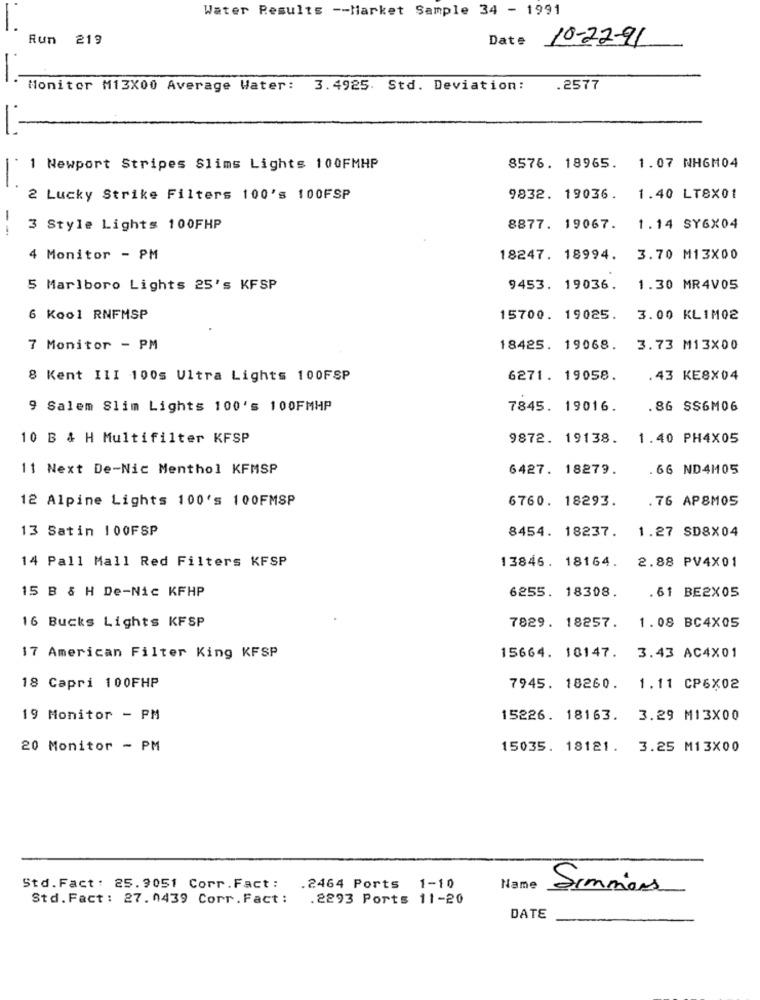
Water Results -- Market Sample 34 - 1991
Run
219
Date
10-22-91
-
Monitor M13X00 Average Water: 3.4925. Std. Deviation:
.2577
1 Newport Stripes Slims Lights 100FMHP
8576. 18965. 1.07 NHGM04
2 Lucky Strike Filters 100's 100FSP
9832. 19036. 1.40 LT8X01
--
3 Style Lights 100FHP
8877. 19067. 1.14 SY6X04
4 Monitor - PM
18247. 18994.
3.70 M13X00
5 Marlboro Lights 25's KFSP
9453. 19036.
1.30 MR4V05
6 Kool RNFMSP
15700. 19025.
3.00 KLIM02
7 Monitor - PM
18425. 19068.
3.73 M13X00
8 Kent III 100s Ultra Lights 100FSP
6271. 19058.
.43 KE8X04
9 Salem Slim Lights 100's 100FMHP
7845. 19016.
.86 SS6M06
10 B & H Multifilter KFSP
9872. 19138.
1.40 PH4X05
11 Next De-Nic Menthol KFMSP
6427. 18279.
.66 ND4M05
12 Alpine Lights 100's 100FMSP
6760. 18293.
.76 AP8MOS
13 Satin 100FSP
8454. 18237.
1.27 SD8X04
14 Pall Mall Red Filters KFSP
13846. 18164. 2.88 PV4X01
15 B & H De-Nic KFHP
6255. 18308.
.61 BE2X05
16 Bucks Lights KFSP
7829. 18257.
1.08 BC4X05
17 American Filter King KFSP
15664. 10147.
3.43 AC4X01
18 Capri 100FHP
7945. 18260.
1.11 CP6X02
19 Monitor - PM
15226. 18163.
3.29 M13X00
20 Monitor - PM
15035. 18121.
3.25 M13X00
Std.Fact: 25.9051 Corr.Fact:
.2464 Ports 1-10
Name
Simmons
Std.Fact: 27.0439 Corr. Fact:
.2293 Ports 11-20
DATE